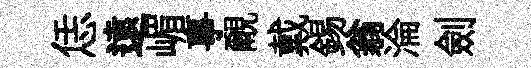
恁遠嵋事覼戴錫翁淪劍